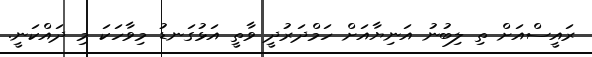
ރައީސްއަށް ތި ލިބުނު އަނިޔާއަށް ހަމްދަރުދީ ވާތީ އަޅުގަނޑު މިވާހަކަ މި ދައްކަނީ.